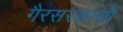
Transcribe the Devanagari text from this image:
गैरसरकासी